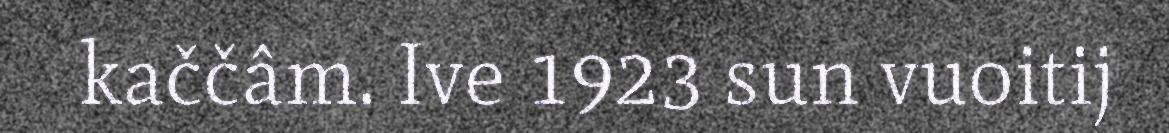
kaččâm. Ive 1923 sun vuoitij